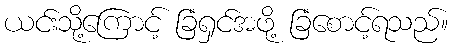
ယင်းသို့ကြောင့် ခြံရှင်အဖို့ ခြံစောင့်ရသည်။